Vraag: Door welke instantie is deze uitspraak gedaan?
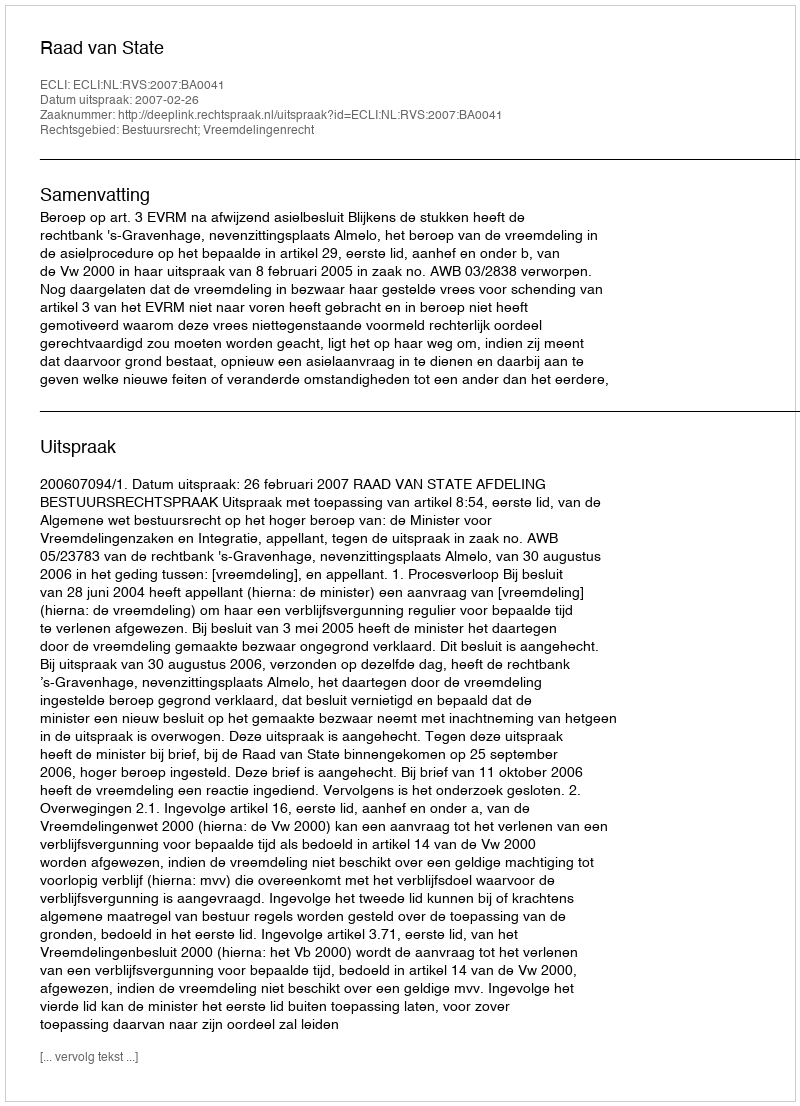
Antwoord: Raad van State